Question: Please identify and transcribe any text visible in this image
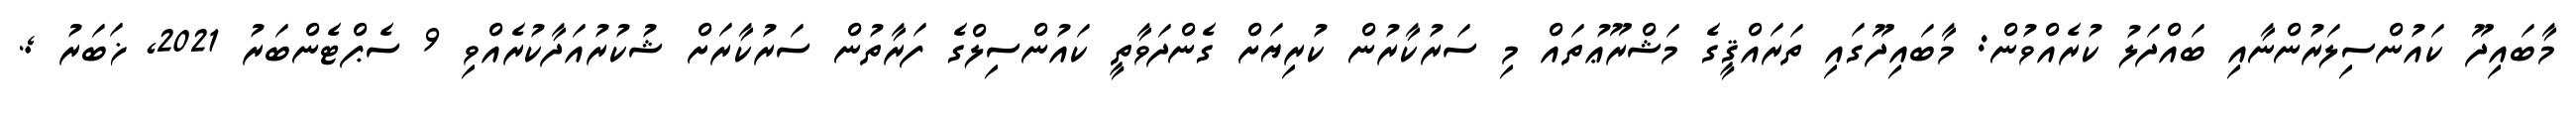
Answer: މާބައިދޫ ކައުންސިލަރުންނާއި ބައްދަލު ކުރެއްވުން: މާބައިދޫގައި ތަރައްޤީގެ މަޝްރޫޢުތައް މި ސަރުކާރުން ކުރިޔަށް ގެންދަވާތީ ކައުންސިލްގެ ފަރާތުން ސަރުކާރަށް ޝުކުރުއަދާކުރެއްވި 9 ސެޕްޓެންބަރު 2021, ޚަބަރު ;.